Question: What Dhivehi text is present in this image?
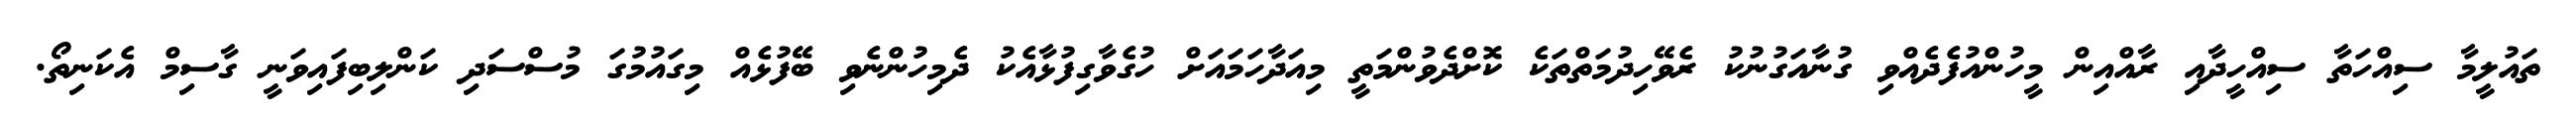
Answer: ތައުލީމާ ސިއްހަތާ ސިއްހީދާއި ރާއްއިން މީހުންއުފެދެއްވި ގުނާއަގުނުކު ރެވޭހިދުމަތްތަކެ ކޮށްދެވުންމަތީ މިއަދާހަމައަށް ހުގެވާގިފުޅާއެކު ދެމިހުންނެވި ބޭފުޅެއް މިގައުމުގަ މުސްސަދި ކަންލިބިފައިވަނީ ގާސިމް އެކަނިތޯ.